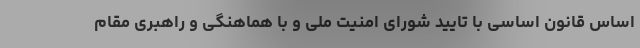
اساس قانون اساسی با تایید شورای امنیت ملی و با هماهنگی و راهبری مقام